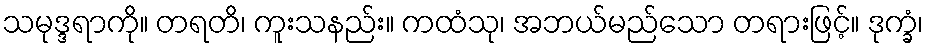
သမုဒ္ဒရာကို။ တရတိ၊ ကူးသနည်း။ ကထံသု၊ အဘယ်မည်သော တရားဖြင့်။ ဒုက္ခံ၊